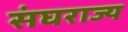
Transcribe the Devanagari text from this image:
संघराज्‍य